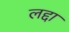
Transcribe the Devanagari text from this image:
लद्दा